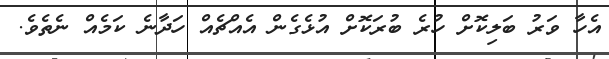
އެހާ ވަރު ބަލިކޮށް ހުރެ ބުރަކޮށް އުޅެގެން އެއްޗެއް ހަދާނެ ކަމެއް ނެތެވެ.